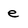
Character: e